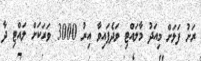
ރަށު ފަޅަށް މިއަދު މާލައްޓި ވަދެފައިވާ އިރު 3000 ވަރަކަށް ލައްޓި ދާ